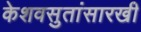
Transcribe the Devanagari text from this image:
केशवसुतांसारखी